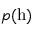
p ( \mathrm { h } )